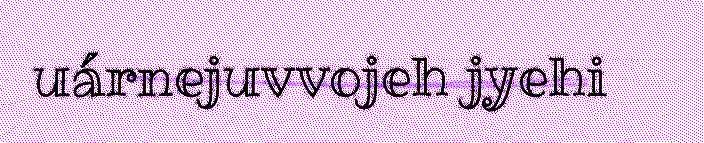
uárnejuvvojeh jyehi